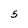
Character: 5